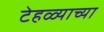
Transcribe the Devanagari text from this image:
टेहळ्याच्या